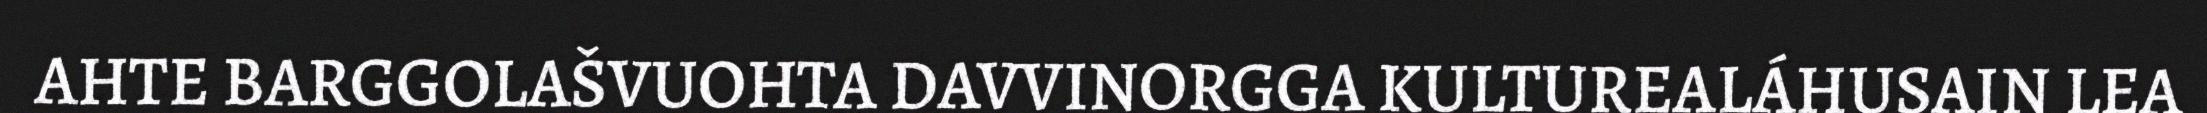
AHTE BARGGOLAŠVUOHTA DAVVINORGGA KULTUREALÁHUSAIN LEA